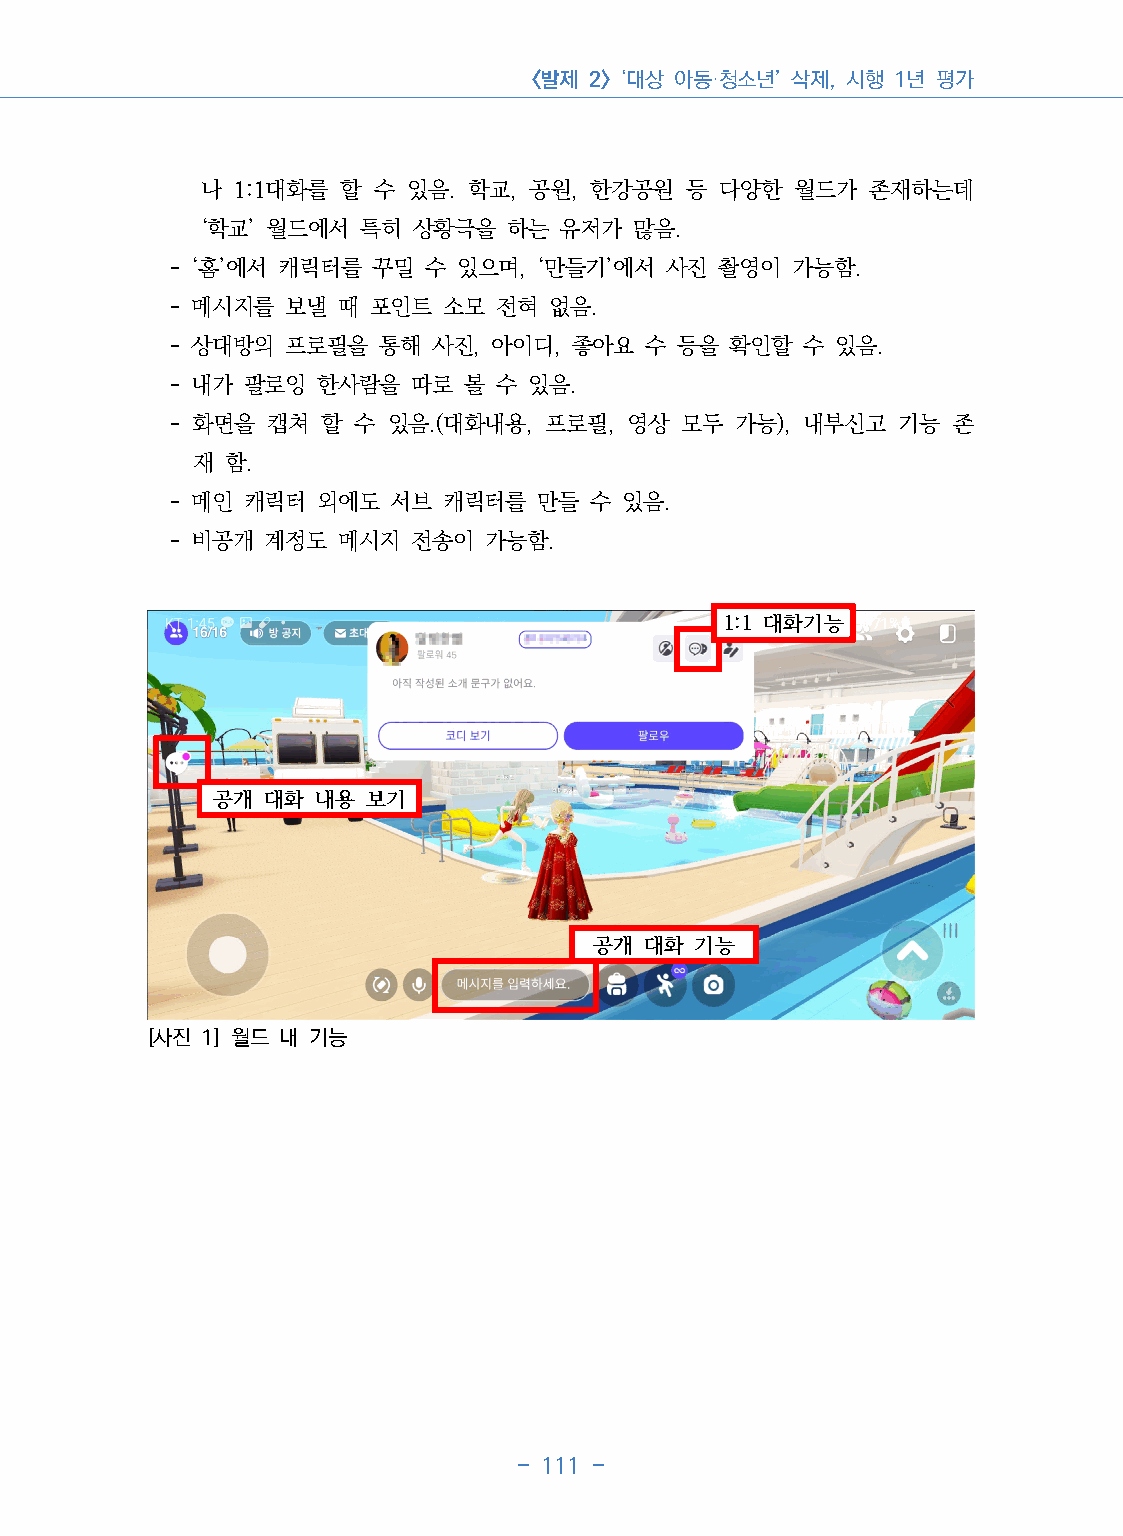
<발제 2> ‘대상 아동·청소년’ 삭제, 시행 1년 평가
 나  1:1대화를 할 수 있음. 학교, 공원, 한강공원   등 다양한  월드가  존재하는데
 ‘학교’ 월드에서  특히  상황극을  하는 유저가  많음.
 - ‘홈’에서 캐릭터를  꾸밀 수 있으며,  ‘만들기’에서 사진  촬영이  가능함.
 - 메시지를  보낼  때 포인트  소모 전혀  없음.
 - 상대방의  프로필을  통해  사진, 아이디, 좋아요  수 등을  확인할 수 있음.
 - 내가 팔로잉  한사람을  따로  볼 수 있음.
 - 화면을  캡쳐  할 수 있음.(대화내용, 프로필,  영상 모두  가능), 내부신고  기능 존
 재 함.
 - 메인 캐릭터  외에도  서브  캐릭터를  만들 수 있음.
 - 비공개  계정도  메시지 전송이  가능함.
 1:1 대화기능
 공개  대화 내용 보기
 공개  대화 기능
 [사진 1] 월드 내 기능
 - 111 -